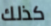
كذلك